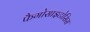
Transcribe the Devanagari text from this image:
फैगोसाइटोसिस